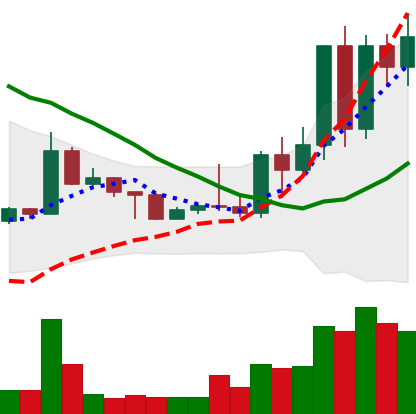
Ticker: TRX-USD
Chart end date: 2022-05-08
Forward return: -15.218%
Label: down_7plus